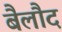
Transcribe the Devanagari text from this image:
बैलौद